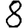
Digit: 8